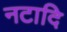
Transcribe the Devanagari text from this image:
नटादि